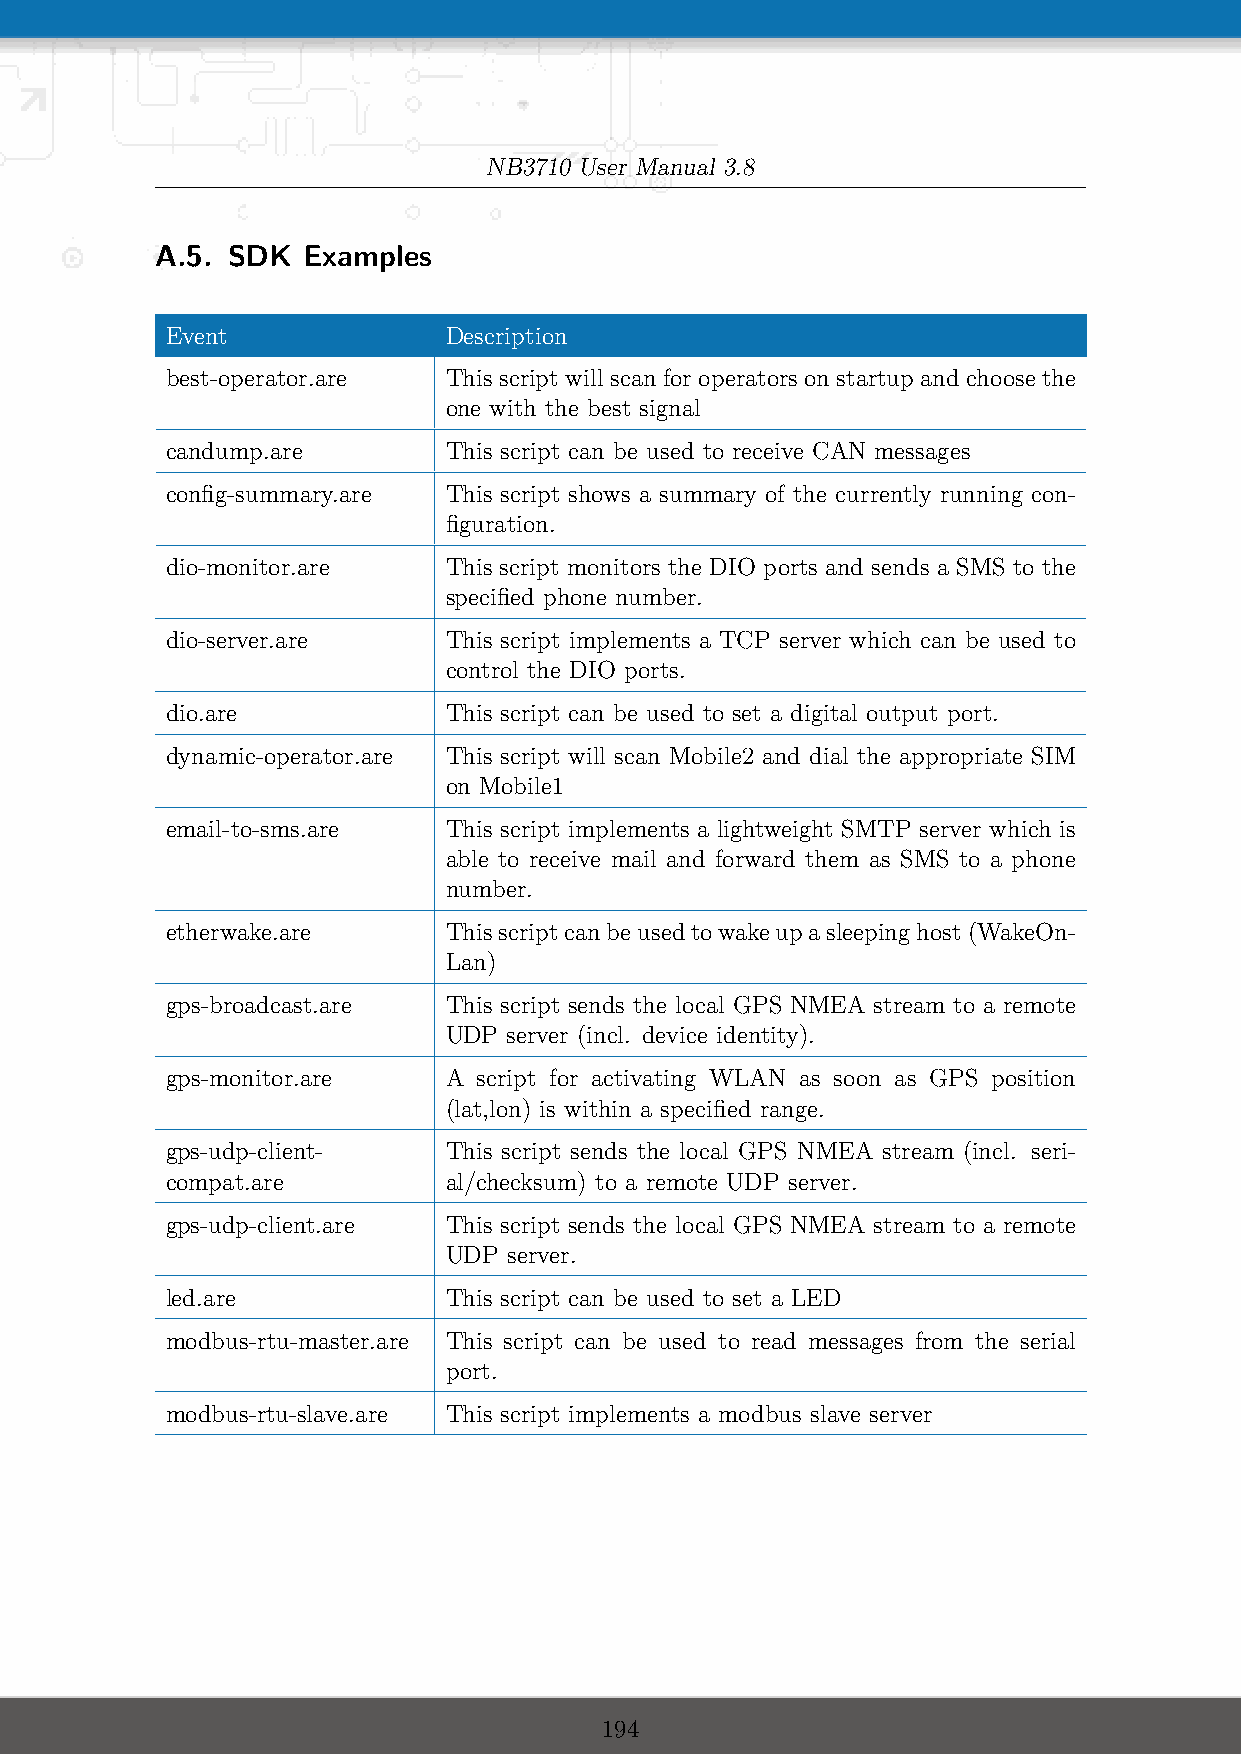
NB3710 User Manual 3.8
 A.5. SDK  Examples
 Event             Description
 best-operator.are This script will scan for operators on startup and choose the
 one with the best signal
 candump.are       This script can be used to receive CAN messages
 config-summary.are This script shows a summary of the currently running con-
 figuration.
 dio-monitor.are   This script monitors the DIO ports and sends a SMS to the
 specified phone number.
 dio-server.are    This script implements a TCP server which can be used to
 control the DIO ports.
 dio.are           This script can be used to set a digital output port.
 dynamic-operator.are This script will scan Mobile2 and dial the appropriate SIM
 on Mobile1
 email-to-sms.are  This script implements a lightweight SMTP server which is
 able to receive mail and forward them as SMS to a phone
 number.
 etherwake.are     Thisscriptcanbeusedtowakeupasleepinghost(WakeOn-
 Lan)
 gps-broadcast.are This script sends the local GPS NMEA stream to a remote
 UDP  server (incl. device identity).
 gps-monitor.are   A  script for activating WLAN as soon as GPS position
 (lat,lon) is within a specified range.
 gps-udp-client-   This script sends the local GPS NMEA stream (incl. seri-
 compat.are        al/checksum) to a remote UDP server.
 gps-udp-client.are This script sends the local GPS NMEA stream to a remote
 UDP  server.
 led.are           This script can be used to set a LED
 modbus-rtu-master.are This script can be used to read messages from the serial
 port.
 modbus-rtu-slave.are This script implements a modbus slave server
 194